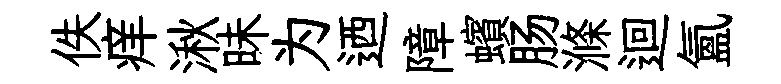
佚痒湫昧为迺障蠙肠滌迴氲